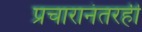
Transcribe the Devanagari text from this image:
प्रचारानंतरही